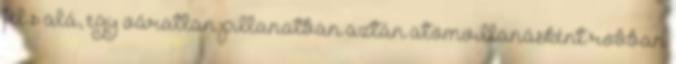
fel s alá, egy váratlan pillanatban aztán atomvillanásként robban